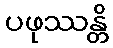
ပဖုဿန္တိ